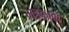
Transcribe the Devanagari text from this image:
भड़कावों